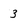
Character: 3